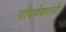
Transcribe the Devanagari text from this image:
गोंधळेकरांनी